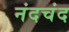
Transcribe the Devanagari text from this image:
नंदचंद